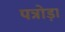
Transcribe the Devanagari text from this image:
पत्रोड़ा